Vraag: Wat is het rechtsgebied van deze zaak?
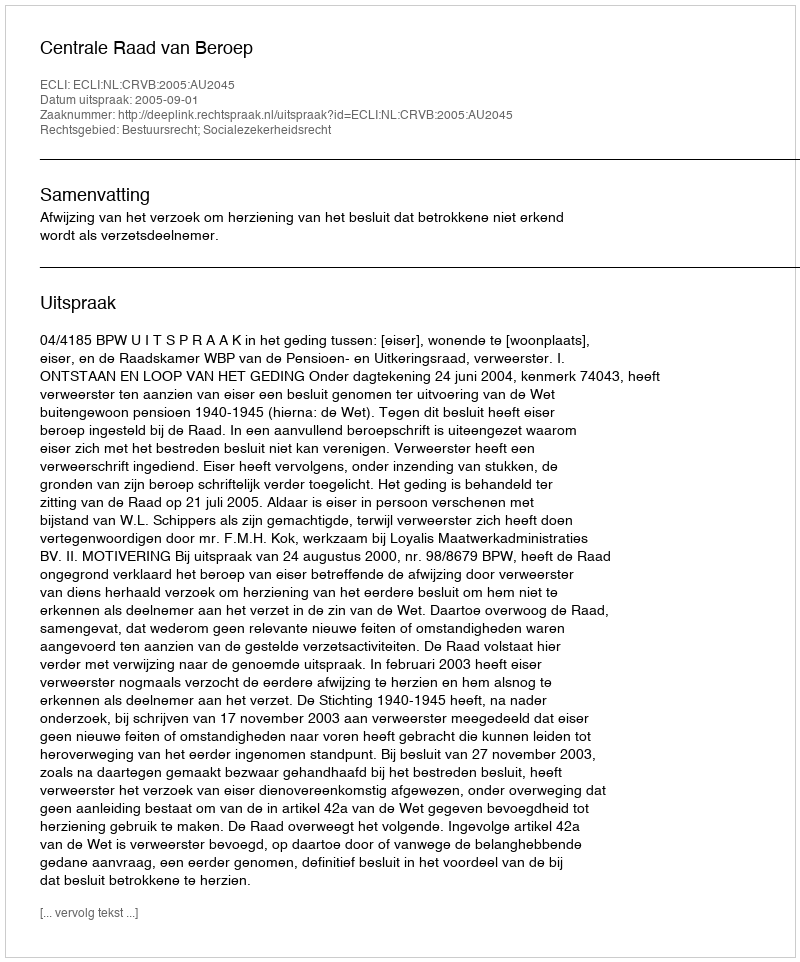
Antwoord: Bestuursrecht; Socialezekerheidsrecht